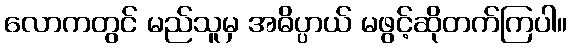
လောကတွင် မည်သူမှ အဓိပ္ပာယ် မဖွင့်ဆိုတက်ကြပါ။